Indian journal of veterinary science and animal husbandry - Volume 10,
Year: 1940
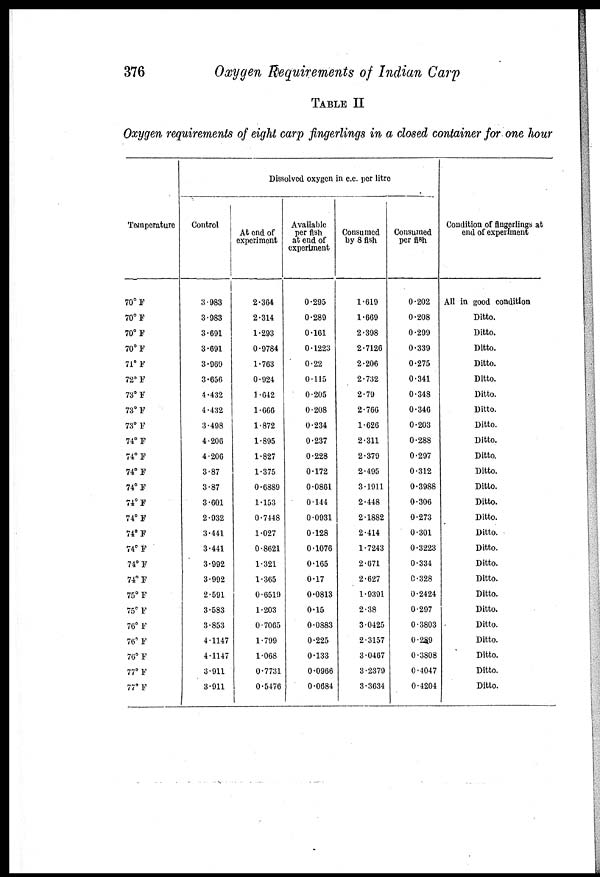
376
Oxygen Requirements of Indian Carp
TABLE II
Oxygen requirements of eight carp fingerlings in a closed container for one hour
Temperature
70° F
70° F
70° F
70° F
71° F
72° F
73° F
73° F
73° F
74° F
74° F
74° F
74° F
74° F
74° F
74° F
74° F
74° F
74° F
75° F
75° F
76° F
76° F
76° F
77° F
77° F
Dissolved oxygen in c.c. per litre
Control
3.983
3.983
3.691
3.691
3.969
3.656
4.432
4.432
3.498
4.206
4.206
3.87
3.87
3.601
2.932
3.441
3.441
3.992
3.992
2.591
3.583
3.853
4.1147
4.1147
3.911
3.911
At end of
experiment
2.364
2.314
1.293
0.9784
1.763
0.924
1.642
1.666
1.872
1.895
1.827
1.375
0.6889
1.153
0.7448
1.027
0.8621
1.321
1.365
0.6519
1.203
0.7065
1.799
1.068
0.7731
0.5476
Available
per fish
at end of
experiment
0.295
0.289
0.161
0.1223
0.22
0.115
0.205
0.208
0.234
0.237
0.228
0.172
0.0861
0.144
0.0931
0.128
0.1076
0.165
0.17
0.0813
0.15
0.0883
0.225
0.133
0.0966
0.0684
Consumed
by 8 fish
1.619
1.669
2.398
2.7126
2.206
2.732
2.79
2.766
1.626
2.311
2.379
2.495
3.1911
2.448
2.1882
2.414
1.7243
2.671
2.627
1.9391
2.38
3.0425
2.3157
3.0467
3.2379
3.3634
Consumed
per flsh
0.202
0.208
0.299
0.339
0.275
0.341
0.348
0.346
0.203
0.288
0.297
0.312
0.3988
0.306
0.273
0.301
0.3223
0.334
0.328
0.2424
0.297
0.3803
0.289
0.3808
0.4047
0.4204
Condition of fingerlings at
end of experiment
All in good condition
Ditto.
Ditto.
Ditto.
Ditto.
Ditto.
Ditto.
Ditto.
Ditto.
Ditto.
Ditto.
Ditto.
Ditto.
Ditto.
Ditto.
Ditto.
Ditto.
Ditto.
Ditto.
Ditto.
Ditto.
Ditto.
Ditto.
Ditto.
Ditto.
Ditto.